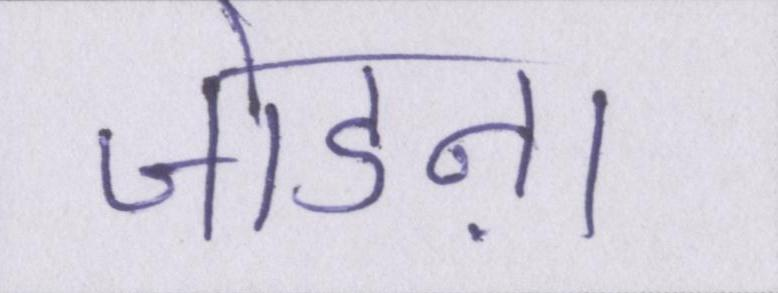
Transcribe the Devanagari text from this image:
जोडऩा